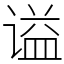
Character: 谥